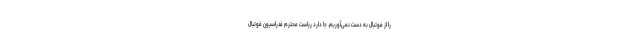
را از فوتبال به دست نمی‌آوریم. جا دارد ریاست محترم فدراسیون فوتبال